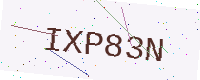
Text: IXP83N